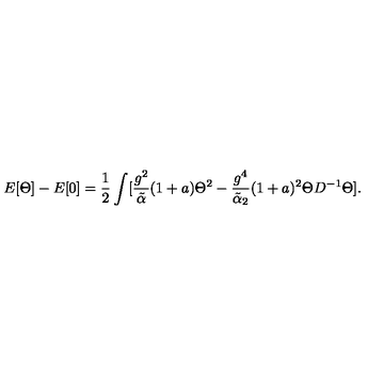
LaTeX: E [ \Theta ] - E [ 0 ] = { \frac { 1 } { 2 } } \int [ { \frac { g ^ { 2 } } { \tilde { \alpha } } } ( 1 + a ) \Theta ^ { 2 } - { \frac { g ^ { 4 } } { \tilde { \alpha } _ { 2 } } } ( 1 + a ) ^ { 2 } \Theta D ^ { - 1 } \Theta ] .